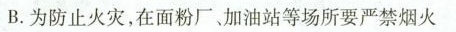
B.为防止火灾，在面粉厂、加油站等场所要严禁烟火